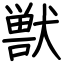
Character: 獣